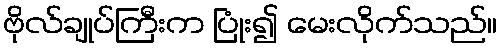
ဗိုလ်ချုပ်ကြီးက ပြုံး၍ မေးလိုက်သည်။